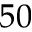
5 0